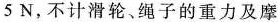
5N，不计滑轮、绳子的重力及摩